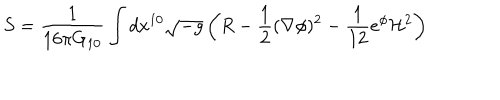
LaTeX: S = { \frac { 1 } { 1 6 \pi G _ { 1 0 } } } \int d x ^ { 1 0 } \sqrt { - g } \left( R - { \frac { 1 } { 2 } } ( \nabla \phi ) ^ { 2 } - { \frac { 1 } { 1 2 } } e ^ { \phi } { \cal H } ^ { 2 } \right)